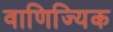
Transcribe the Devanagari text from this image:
वाणिज्यिक